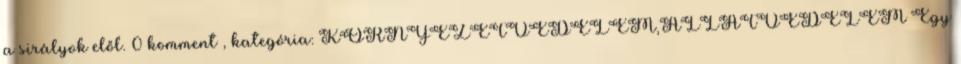
a sirályok elől. 0 komment , kategória: KÖRNYEZETVÉDELEM,ÁLLATVÉDELEM Egy